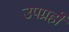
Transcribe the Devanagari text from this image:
उपग्रहोंं